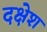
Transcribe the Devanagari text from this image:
दक्षेश